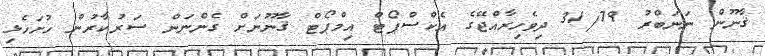
ޤާނޫން ނަނަބްރު 31/79 ދިވެހިރާއްޖޭގެ އެކްސްޕޯޓް އިމްޕޯޓް ޤާނޫނަށް ގެންނަން ސަރުކާރުން ހުށަހެޅި